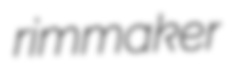
rimmaker